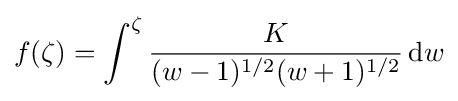
f(\zeta )=\int ^{\zeta }{\frac {K}{(w-1)^{1/2}(w+1)^{1/2}}}\,\mathrm {d} w